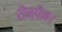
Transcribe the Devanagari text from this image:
शैम्पैन।